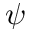
\psi